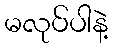
မလုပ်ပါနဲ့